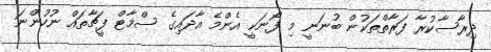
ދިރާސާކުރާ ފަރާތްތަކުން ބުނަނީ މި ފޯނަކީ އެންމެ އާދައިގެ ސްމާޓް ފީޗާތައް ނުހުންނަ